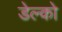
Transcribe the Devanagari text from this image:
डेल्को